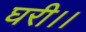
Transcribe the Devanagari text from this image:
घरी।।